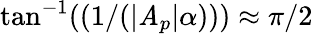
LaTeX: \tan^{-1}((1/(|\mathit{A}_{p}|\alpha)))\approx\pi/2